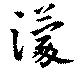
濛